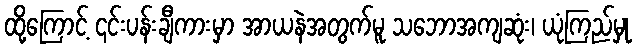
ထို့ကြောင့် ၎င်းပန်းချီကားမှာ အာယနဲအတွက်မူ သဘောအကျဆုံး၊ ယုံကြည်မှု